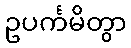
ဥပင်္ကမိတွာ